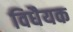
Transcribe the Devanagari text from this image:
विधैयक